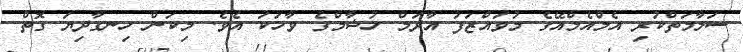
ސަލާމަތްކުރި އެމްއެމްއޭގެ މުވައްޒަފު އާދަމް ހުޝާމްގެ ވާހަކަ އެވެ. މިކަން ހިނގާދިޔަ ގޮތް